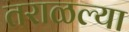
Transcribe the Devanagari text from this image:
तराळल्या